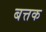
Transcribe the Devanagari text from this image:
बत्तक